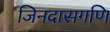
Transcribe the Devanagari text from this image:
जिनदासगणि